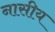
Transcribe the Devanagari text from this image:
नासीय